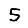
Digit: 5